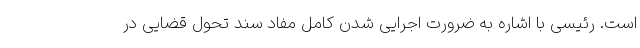
است. رئیسی با اشاره به ضرورت اجرایی شدن کامل مفاد سند تحول قضایی در